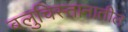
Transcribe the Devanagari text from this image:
बलुचिस्तानातील